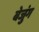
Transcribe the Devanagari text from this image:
बेजुंग